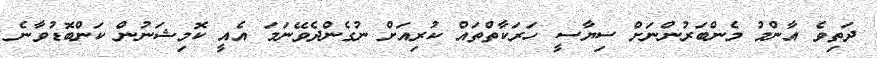
ދަތިވެ އާންމު މެންބަރުންނަށް ސިޔާސީ ހަރަކާތްތައް ކުރިއަށް ނުގެންދެވޭނަމަ އެއީ ކޮމިޝަނުން ކަންބޮޑުވާނެ